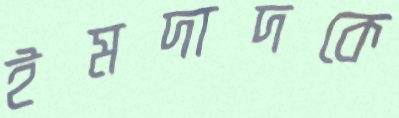
ইমদাদকে